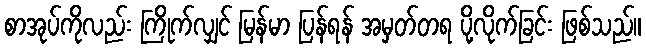
စာအုပ်ကိုလည်း ကြိုက်လျှင် မြန်မာ ပြန်ရန် အမှတ်တရ ပို့လိုက်ခြင်း ဖြစ်သည်။